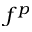
f ^ { p }